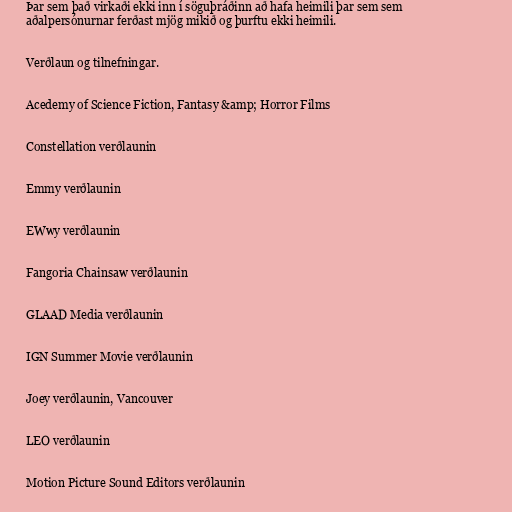
Þar sem það virkaði ekki inn í söguþráðinn að hafa heimili þar sem sem
aðalpersónurnar ferðast mjög mikið og þurftu ekki heimili.

Verðlaun og tilnefningar.

Acedemy of Science Fiction, Fantasy &amp; Horror Films

Constellation verðlaunin

Emmy verðlaunin

EWwy verðlaunin

Fangoria Chainsaw verðlaunin

GLAAD Media verðlaunin

IGN Summer Movie verðlaunin

Joey verðlaunin, Vancouver

LEO verðlaunin

Motion Picture Sound Editors verðlaunin